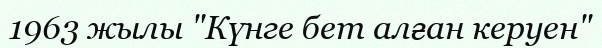
1963 жылы "Күнге бет алған керуен"